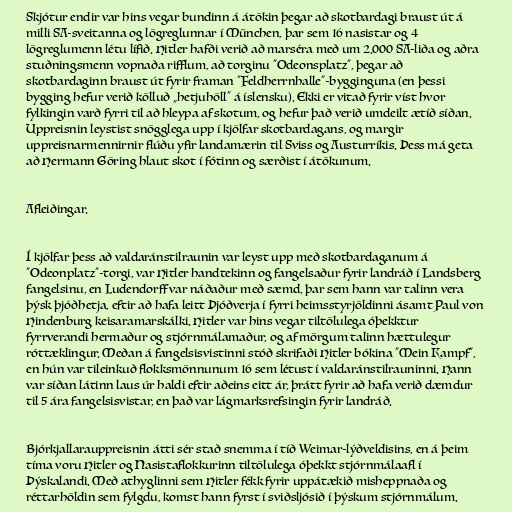
Skjótur endir var hins vegar bundinn á átökin þegar að skotbardagi braust út á
milli SA-sveitanna og lögreglunnar í München, þar sem 16 nasistar og 4
lögreglumenn létu lífið. Hitler hafði verið að marséra með um 2.000 SA-liða og aðra
stuðningsmenn vopnaða rifflum, að torginu "Odeonsplatz", þegar að
skotbardaginn braust út fyrir framan "Feldherrnhalle"-bygginguna (en þessi
bygging hefur verið kölluð „hetjuhöll“ á íslensku). Ekki er vitað fyrir víst hvor
fylkingin varð fyrri til að hleypa af skotum, og hefur það verið umdeilt ætíð síðan.
Uppreisnin leystist snögglega upp í kjölfar skotbardagans, og margir
uppreisnarmennirnir flúðu yfir landamærin til Sviss og Austurríkis. Þess má geta
að Hermann Göring hlaut skot í fótinn og særðist í átökunum.

Afleiðingar.

Í kjölfar þess að valdaránstilraunin var leyst upp með skotbardaganum á
"Odeonplatz"-torgi, var Hitler handtekinn og fangelsaður fyrir landráð í Landsberg
fangelsinu, en Ludendorff var náðaður með sæmd, þar sem hann var talinn vera
þýsk þjóðhetja, eftir að hafa leitt Þjóðverja í fyrri heimsstyrjöldinni ásamt Paul von
Hindenburg keisaramarskálki. Hitler var hins vegar tiltölulega óþekktur
fyrrverandi hermaður og stjórnmálamaður, og af mörgum talinn hættulegur
róttæklingur. Meðan á fangelsisvistinni stóð skrifaði Hitler bókina "Mein Kampf",
en hún var tileinkuð flokksmönnunum 16 sem létust í valdaránstilrauninni. Hann
var síðan látinn laus úr haldi eftir aðeins eitt ár, þrátt fyrir að hafa verið dæmdur
til 5 ára fangelsisvistar, en það var lágmarksrefsingin fyrir landráð.

Bjórkjallarauppreisnin átti sér stað snemma í tíð Weimar-lýðveldisins, en á þeim
tíma voru Hitler og Nasistaflokkurinn tiltölulega óþekkt stjórnmálaafl í
Þýskalandi. Með athyglinni sem Hitler fékk fyrir uppátækið misheppnaða og
réttarhöldin sem fylgdu, komst hann fyrst í sviðsljósið í þýskum stjórnmálum.